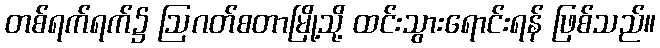
တစ်ရက်ရက်၌ ဩဂတ်စတာမြို့သို့ ထင်းသွားရောင်းရန် ဖြစ်သည်။